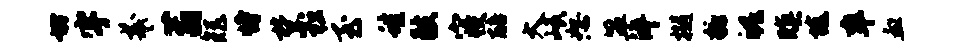
坊宇羲蓊矩恃禁松至蛙鼓寝醅大岷恕盟淬樾糖魄暝旒率血